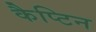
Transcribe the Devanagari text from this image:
कैप्टिन